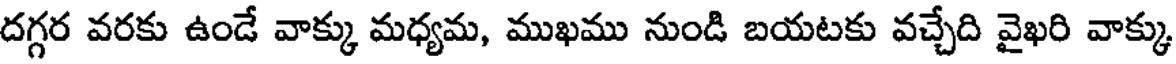
దగ్గర వరకు ఉండే వాక్కు మధ్యమ, ముఖము నుండి బయటకు వచ్చేది వైఖరి వాక్కు